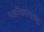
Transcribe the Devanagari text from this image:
नक्षीकामाच्या